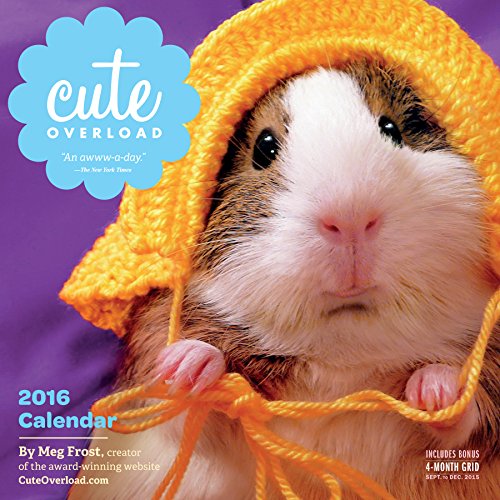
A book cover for Cute Overload Wall Calendar 2016; Meg Frost; Calendars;